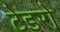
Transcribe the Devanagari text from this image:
टेडरो